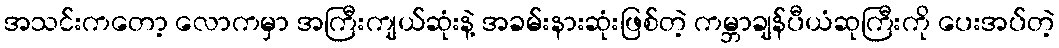
အသင်းကတော့ လောကမှာ အကြီးကျယ်ဆုံးနဲ့ အခမ်းနားဆုံးဖြစ်တဲ့ ကမ္ဘာချန်ပီယံဆုကြီးကို ပေးအပ်တဲ့